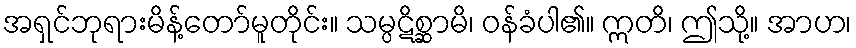
အရှင်ဘုရားမိန့်တော်မူတိုင်း။ သမ္ပဋိစ္ဆာမိ၊ ဝန်ခံပါ၏။ ဣတိ၊ ဤသို့။ အာဟ၊